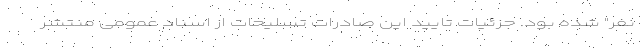
نفر" شده بود. جزئیات تایید این صادرات تسلیحات از اسناد عمومی منتشر